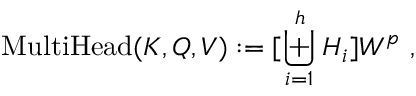
\mathrm { M u l t i H e a d } ( K , Q , V ) : = [ \biguplus _ { i = 1 } ^ { h } H _ { i } ] W ^ { p } ~ ,